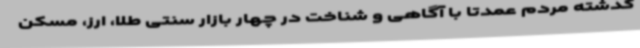
گذشته مردم عمدتا با آگاهی و شناخت در چهار بازار سنتی طلا، ارز، مسکن